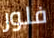
فلور